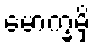
မောက္ခမှိ